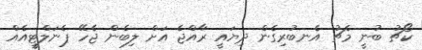
ކޯޗު ބުނީ މެޗު އެނބުރިގެން ދިޔައީ ރާއްޖެ އަށް ލިބެން ޖެހޭ ޕެނަލްޓީއެއް